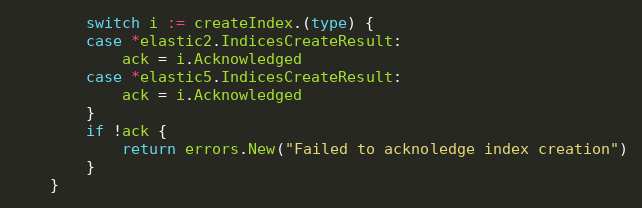
Language: Go
		switch i := createIndex.(type) {
		case *elastic2.IndicesCreateResult:
			ack = i.Acknowledged
		case *elastic5.IndicesCreateResult:
			ack = i.Acknowledged
		}
		if !ack {
			return errors.New("Failed to acknoledge index creation")
		}
	}